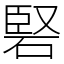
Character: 硻